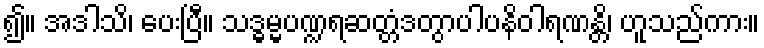
၍။ အဒါသိ၊ ပေးပြီ။ သဒ္ဓမ္မပဏ္ဍရဆတ္တံဒတွာပါပနိဝါရဏန္တိ၊ ဟူသည်ကား။